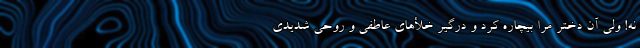
نه! ولی آن دختر مرا بیچاره کرد و درگیر خلأهای عاطفی و روحی شدیدی